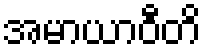
အမာယာဝီတိ